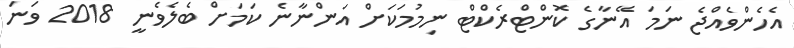
އެހެންވެއްޖެ ނަމަ އޭނާގެ ކޮންޓްރެކްޓް ނިމުމަކަށް އަންނާނެ ކަމަށް ބެލެވެނީ 2018 ވަނަ